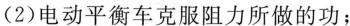
(2) 电动平衡车克服阻力所做的功；